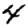
Digit: 4